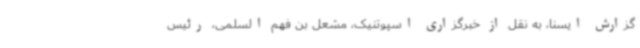
گزارش ایسنا، به نقل از خبرگزاری اسپوتنیک، مشعل بن فهم السلمی، رئیس